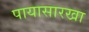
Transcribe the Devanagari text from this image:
पायासारखा